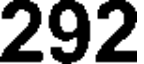
292